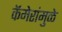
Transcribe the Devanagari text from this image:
कॅमेरांमुळे